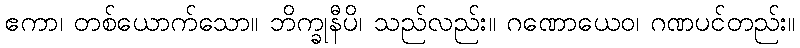
ဧကာ၊ တစ်ယောက်သော။ ဘိက္ခုနီပိ၊ သည်လည်း။ ဂဏောယေဝ၊ ဂဏပင်တည်း။